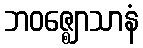
ဘဝဇ္ဈောသာနံ